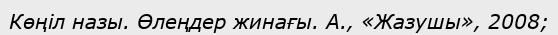
Көңіл назы. Өлеңдер жинағы. А., «Жазушы», 2008;